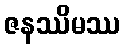
ဇနဿိမဿ